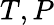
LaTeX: T,P